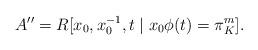
LaTeX: \begin{align*} A''=R[x_0,x_0^{-1},t \mid x_0\phi(t)=\pi_K^m]. \end{align*}